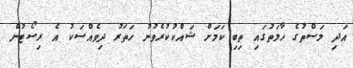
އަދި މަސްތުގެ ހާލަތުގައި ތިބި ކަމަށް ޝައްކުކުރެވުނު ހަތަރު ދިވެއްސަކު އެ ރިސޯޓުން